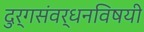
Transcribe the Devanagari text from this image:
दुर्गसंवर्धनविषयी